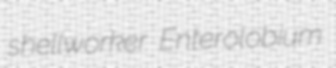
shellworker Enterolobium